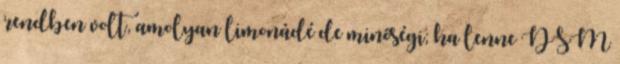
rendben volt, amolyan limonádé de minőségi; ha lenne DSM